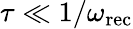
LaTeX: \tau\ll 1/\omega_{\mathrm{rec}}